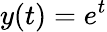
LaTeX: y(t)=e^{t}